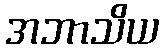
အဘာသိယ